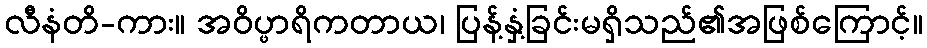
လီနံတိ-ကား။ အဝိပ္ဖာရိကတာယ၊ ပြန့်နှံ့ခြင်းမရှိသည်၏အဖြစ်ကြောင့်။